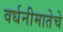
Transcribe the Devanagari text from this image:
वर्धनीमातेचे